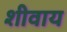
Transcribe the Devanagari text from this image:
शीवाय